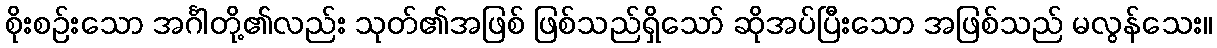
စိုးစဉ်းသော အင်္ဂါတို့၏လည်း သုတ်၏အဖြစ် ဖြစ်သည်ရှိသော် ဆိုအပ်ပြီးသော အဖြစ်သည် မလွန်သေး။